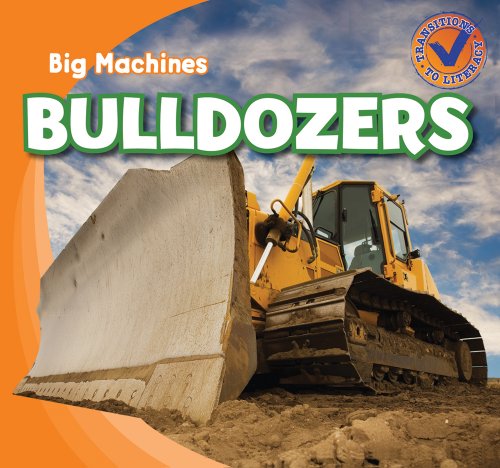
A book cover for Bulldozers (Big Machines); Katie Kawa; Children's Books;